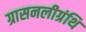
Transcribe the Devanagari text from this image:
ग्रासनलीग्रंथि